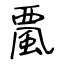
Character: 𩗏